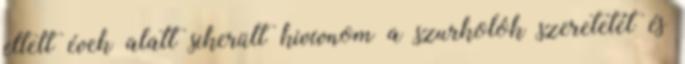
eltelt évek alatt sikerült kivívnom a szurkolók szeretetét és